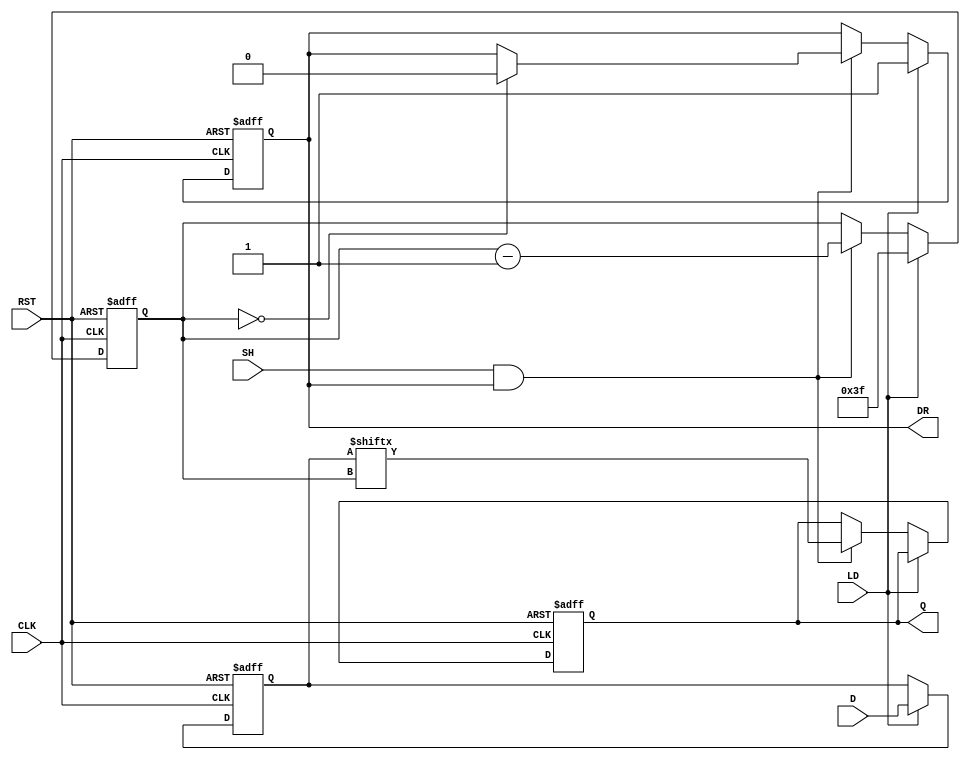
module PISO_64bit (
    input wire [63:0] D,      // 64-bit data input
    input wire LD,            // Load control signal
    input wire SH,            // Shift control signal
    input wire CLK,           // Clock signal
    input wire RST,           // Asynchronous reset signal
    output reg Q,             // Serial output
    output reg DR             // Data ready signal
);

    reg [63:0] shift_reg;     // Internal shift register
    reg [5:0] count;          // Bit counter for shifting

    // Asynchronous reset
    always @(posedge CLK or posedge RST) begin
        if (RST) begin
            shift_reg <= 64'b0; // Clear the shift register
            Q <= 1'b0;          // Clear the serial output
            DR <= 1'b0;         // Clear the data ready signal
            count <= 6'b0;      // Reset the counter
        end else begin
            if (LD) begin
                shift_reg <= D;  // Load data into the shift register
                count <= 6'd63;  // Set counter to the last bit
                DR <= 1'b1;      // Indicate data is ready to be shifted
            end else if (SH && DR) begin
                Q <= shift_reg[count]; // Shift out the current bit
                count <= count - 1;     // Decrement the counter
                
                // Check if all bits have been shifted out
                if (count == 6'd0) begin
                    DR <= 1'b0;          // Clear data ready signal
                end
            end
        end
    end

endmodule